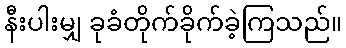
နီးပါးမျှ ခုခံတိုက်ခိုက်ခဲ့ကြသည်။